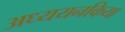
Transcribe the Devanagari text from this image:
अध्ययनकिया